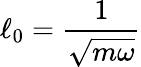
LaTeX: \ell_{0}=\frac{1}{\sqrt{m\omega}}